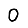
Digit: 0